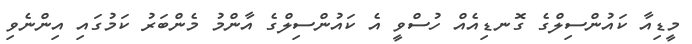
މީޑިއާ ކައުންސިލްގެ ގޮނޑިއެއް ހުސްވީ އެ ކައުންސިލްގެ އާންމު މެންބަރު ކަމުގައި އިންނެވި